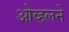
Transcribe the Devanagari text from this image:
ओव्हलने